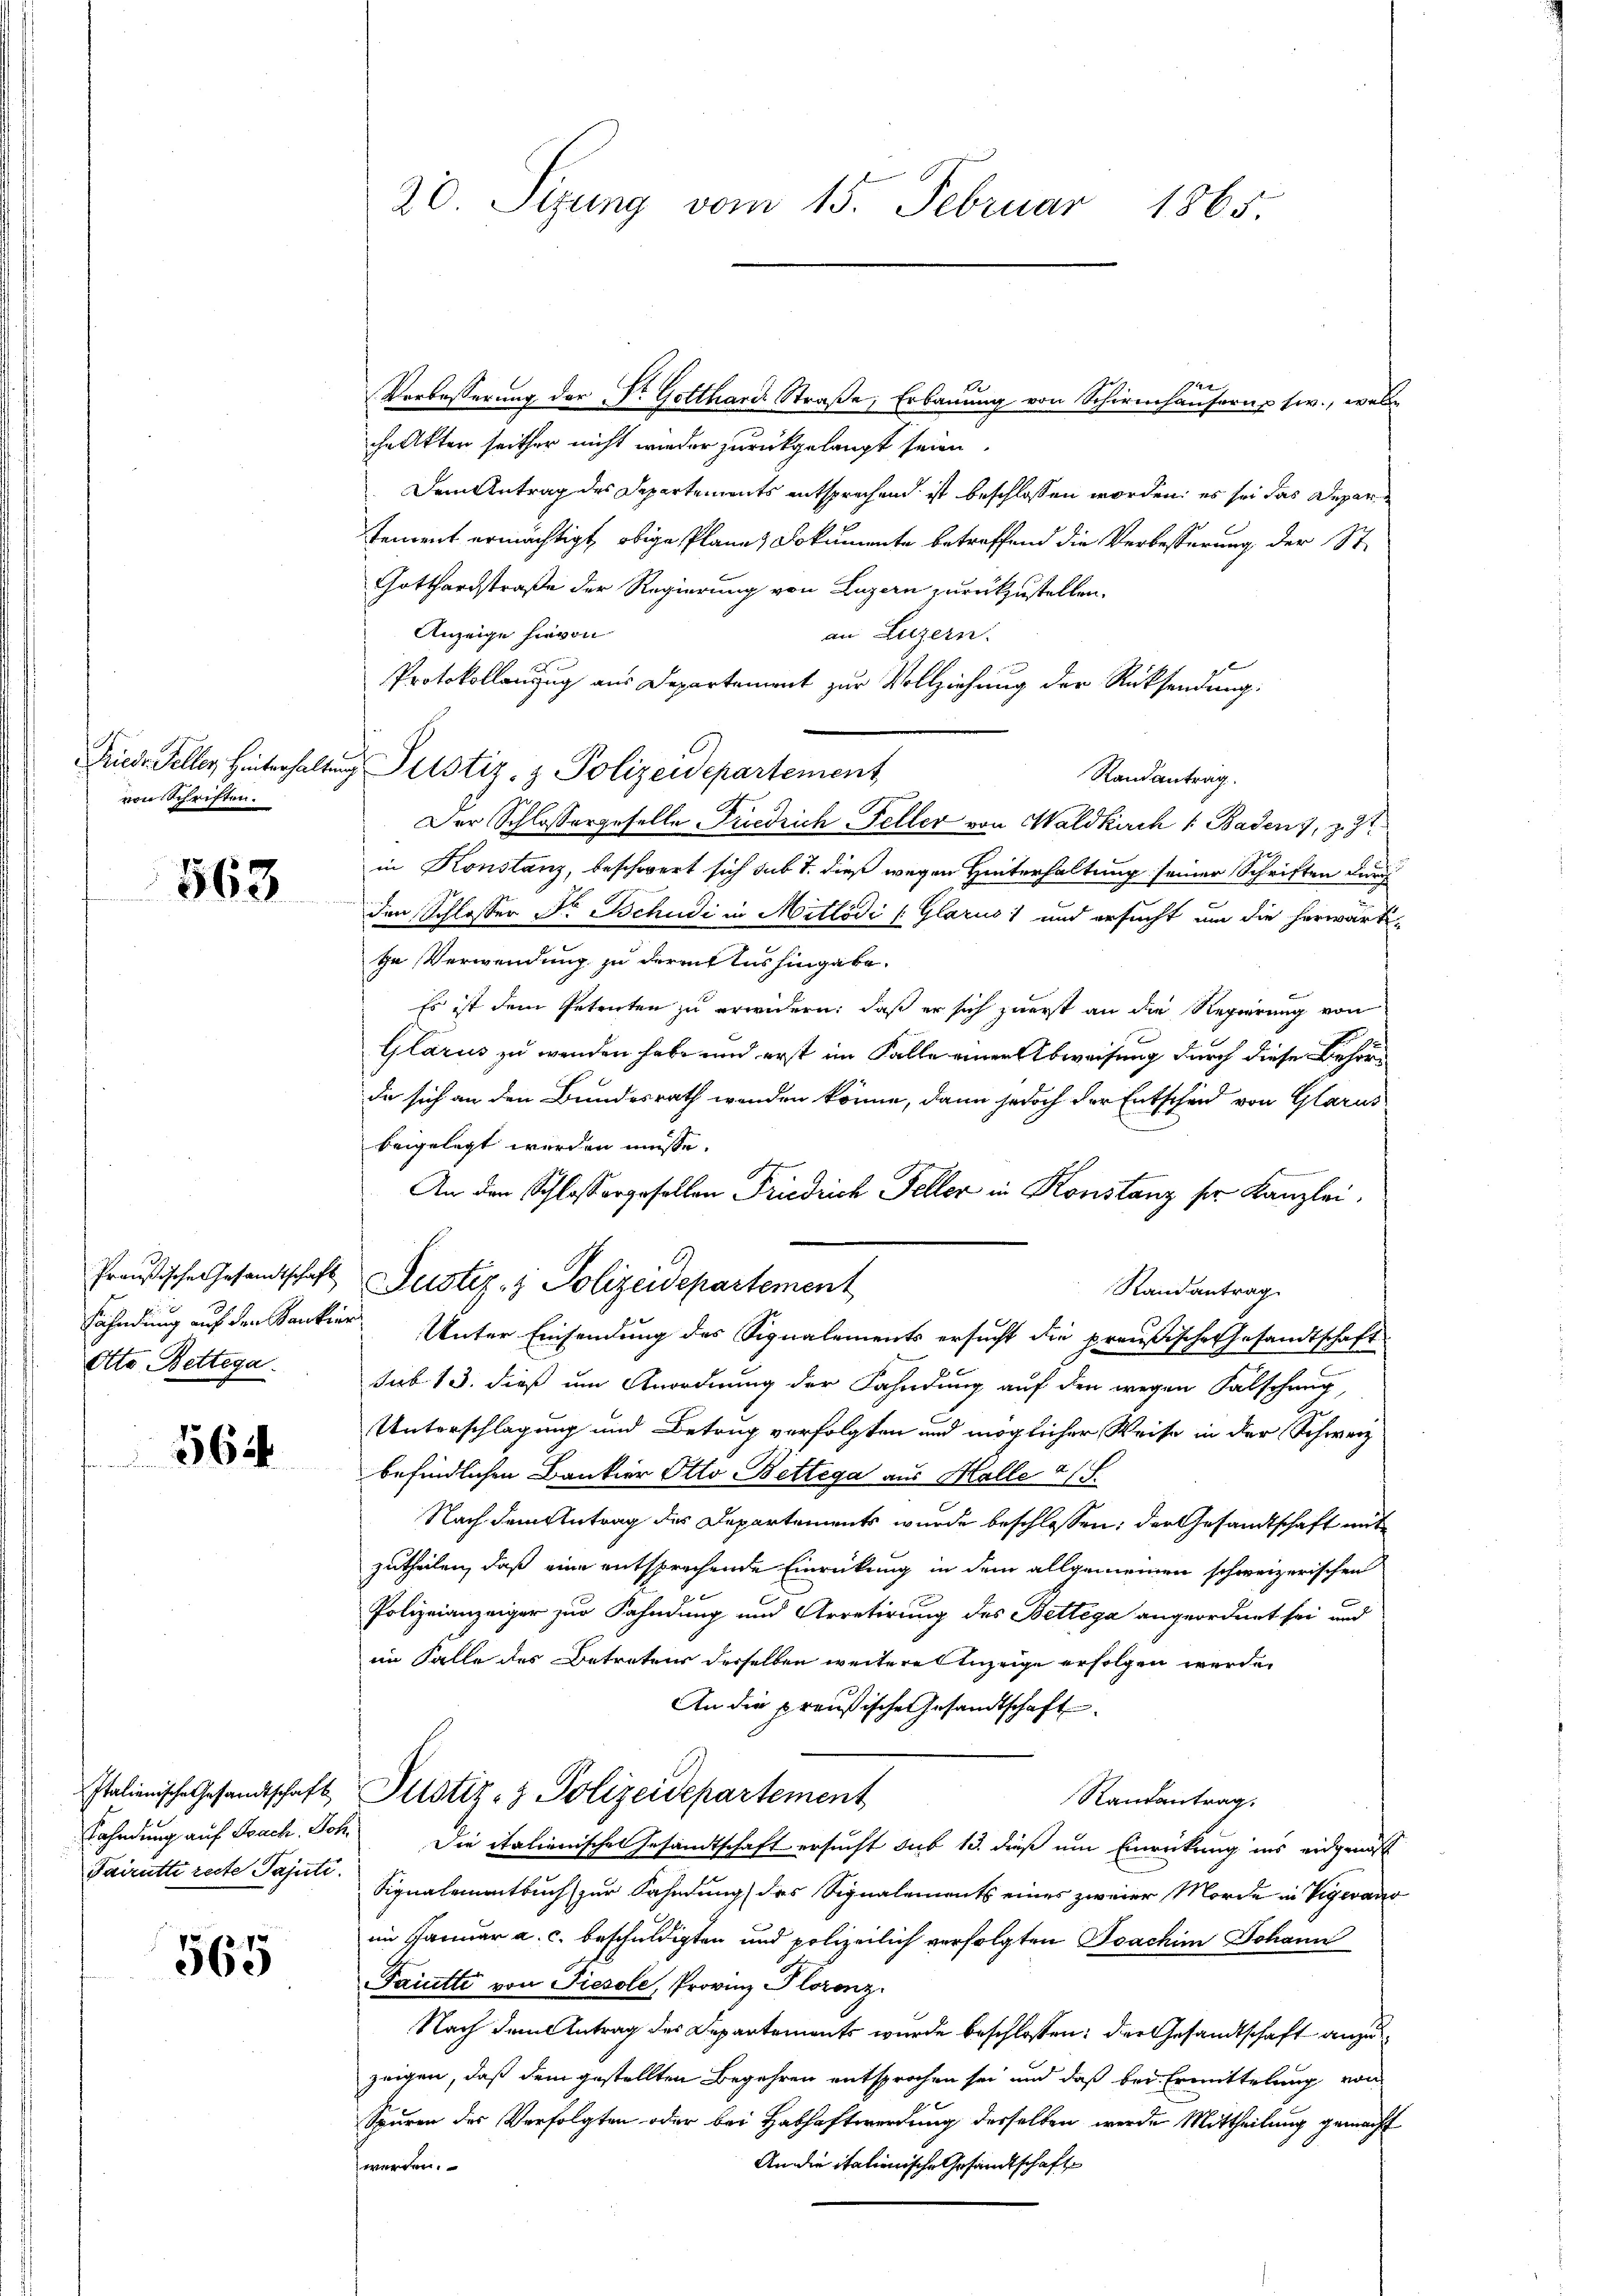
von Schriften.

563

Preußische Gesandtschaft
Otto Bettega

564

Italienische Gesandtschaft
Pairutti recte Pajuti.

565

20. Sizung vom 15. Februar 1865.

Verbesserung der Dr. Gotthard Straße, Erbauung von Schirmhausern tw., welche Akten seither nicht wieder zurückgelangt seien.
Dem Antrag des Departements entsprechend ist beschlossen worden, es sei das Depar
tement ermächtigt, obige Planes Dokumente betreffend die Verbesserung der St.
Gotthardstraße der Regierung von Luzern zurückzustellen.
Anzeige hievon
an Luzern.
Protokollanzug aus Departement zur Vollziehung der Rücksendung:
Randantrag.
Der Schlossergeselle Friedrich-Feller von Waldkirch 1 Baden, z.
in Konstanz, beschwert sich sub 1. dieß wegen Hinterhaltung seiner Schriften durch
den Schlosser Dr Bchudi in Mitlödi (Glarus und ersucht um die herwärti-
te Verwendung zu dermit Aushingabe.
Es ist dem Petenten zu erwidern: daß er sich zuerst an die Regierung von
Glarus zu wenden habe und erst im Falle einer Abweisung durch diese Behörde sich an den Bundesrath wenden könne, dann jedoch der Entscheid von Glarus
beigelegt werden müsse.
An den Schlossergesellen Friedrich Feller in Konstanz sr. Kanzlei.
Randantrag
Fahndung auf den Kantier Unter Einsendung des Signalements ersucht die preußische Gesandtschaft
sub 13. dieß um Anordnung der Fahndung auf den wegen Falschung,
Unterschlagung und Betrug verfolgten und möglicher Weise in der Schweiz
befindlichen Bankier Otto Bettega aus Halle a/S.
Nach dem Antrag des Departements wurde beschlossen; der Gesandtschaft mit
zutheilen, daß eine entsprechende Einrückung in dem allgemeinen schweizerischen
Polizeianzeiger zur Fahndung und Arretirung des Bettega angeordnet sei und
im Falle des Betretens derselben weitere Anzeige erfolgen werde.
An die preußische Gesandtschaft
Justiz- & Polizeidepartement
Randantrag.
Fahndung auf Fach Joh. Die italienische Gesandtschaft ersucht sub 13. dieß um Einrückung ins eidgenos
Signalementbuch zur Fahndung des Signalements eines zweier Morde in Vigevano
im Januar a. c. beschuldigten und polizeilich verfolgten Joachim Johann
Farutti von Tiesole, Provinz Plorenz.
Nach dem Antrag des Departements wurde beschlossen: der Gesandtschaft anzu
zeigen, daß dem gestellten Begehren entsprochen sei und daß bei Ermittelung von
Spuren des Verfolgten oder bei Habhaftwerdung desselben werde Mittheilung gemacht
An die italienische Gesandtschaft
werden.

Frieder Feller, Hinterhaltung Pustiz- & Polizeidepartement

Justiz- & Polizeidepartement